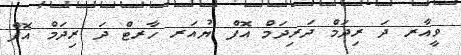
ވީއާރ ދަ ރިދަމް ދަރިދަމް އޮފް ޔުއަރ ހާރޓް ދަ ރިދަމް އޮފް